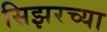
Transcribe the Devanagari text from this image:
सिझरच्या